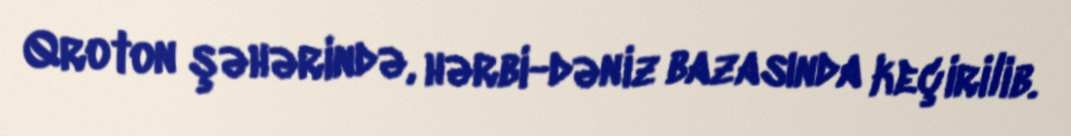
Qroton şəhərində, hərbi-dəniz bazasında keçirilib.